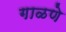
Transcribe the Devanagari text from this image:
गाळणे